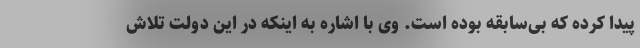
پیدا کرده که بی‌سابقه بوده است. وی با اشاره به اینکه در این دولت تلاش